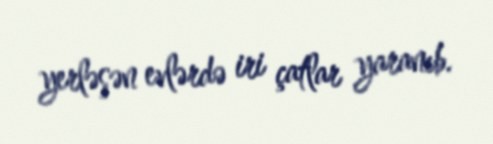
yerləşən evlərdə iri çatlar yaranıb.